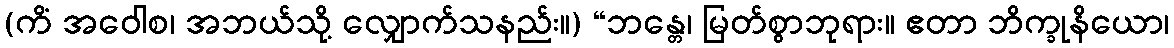
(ကိံ အဝေါစ၊ အဘယ်သို့ လျှောက်သနည်း။) “ဘန္တေ၊ မြတ်စွာဘုရား။ ဧတာ ဘိက္ခုနိယော၊